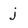
Character: j